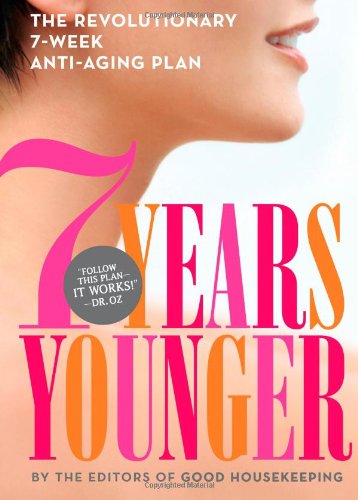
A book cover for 7 Years Younger: The Revolutionary 7-Week Anti-Aging Plan; Editors of Good Housekeeping; Health, Fitness & Dieting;